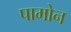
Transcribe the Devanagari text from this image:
पामोन